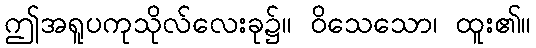
ဤအရူပကုသိုလ်လေးခု၌။ ဝိသေသော၊ ထူး၏။